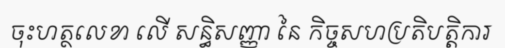
ចុះហត្ថលេខា លើ សន្ធិសញ្ញា នៃ កិច្ចសហប្រតិបត្តិការ